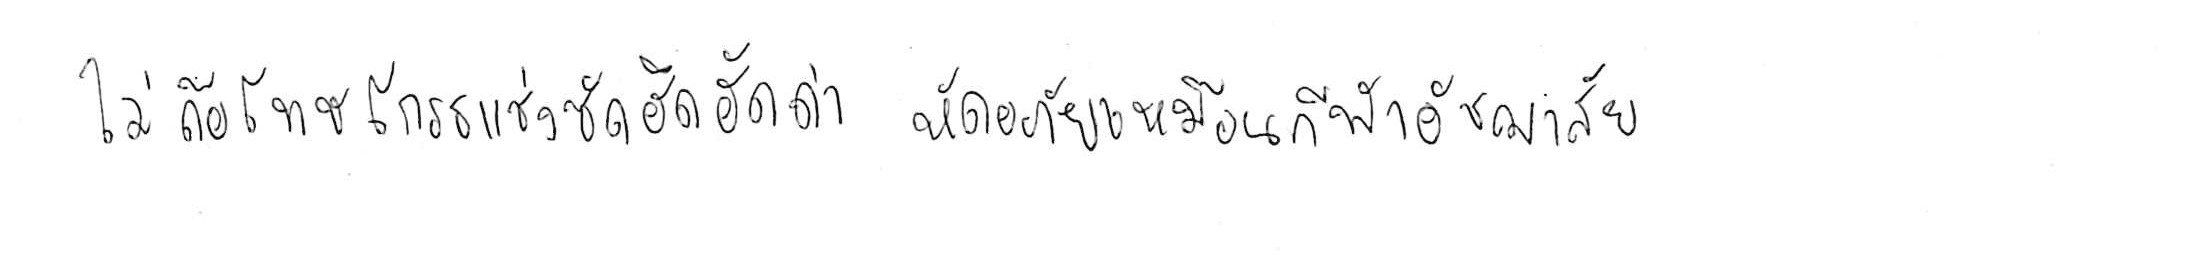
ไม่ถือโทษโกรธแช่งซัดฮึดฮัดด่า หัดอภัยเหมือนกีฬาอัชฌาสัย